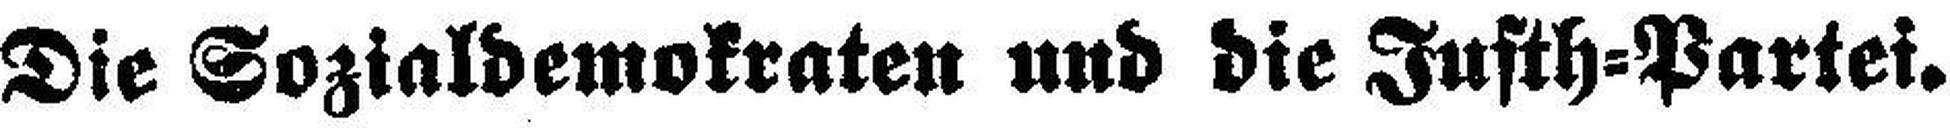
Die Sozialdemokraten und die Justh=Partei.